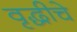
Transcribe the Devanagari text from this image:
वृद्धीचे